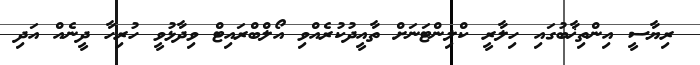
ރިޔާސީ އިންތިޚާބުގައި ހިލާރީ ކްލިންޓަނަށް ތާއީދުކުރެއްވި އޯލްބްރައިޓް ވިދާޅުވީ ހުރިހާ ދީނެއް އަދި